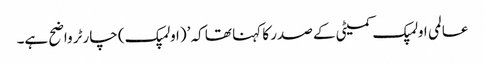
عالمی اولمپک کمیٹی کے صدر کا کہنا تھا کہ ’(اولمپک) چارٹر واضح ہے۔